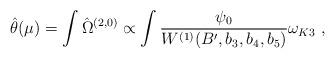
LaTeX: \begin{align*}\hat \theta(\mu)=\int\hat \Omega^{(2,0)}\propto\int\frac{\psi_0}{W^{(1)}(B',b_3,b_4,b_5)}\omega_{K3}\ ,\end{align*}